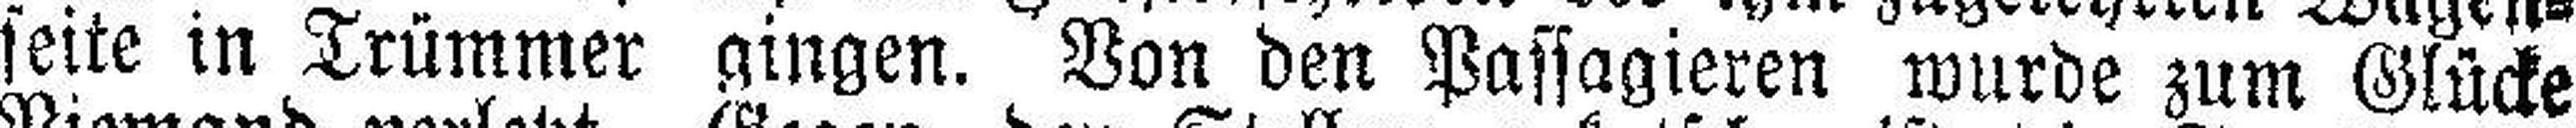
seite in Trümmer gingen. Von den Passagieren wurde zum Glücke